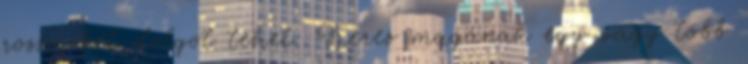
rossz, két dolgot tehet: Keres magának egy vagy több